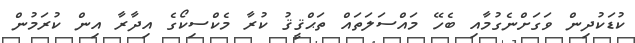
ކުޑަކުދިން ވަގަށްނެގުމާއި ބެހޭ މައްސަލަތައް ތަޙްޤީޤު ކުރާ މެކްސިކޯގެ އިދާރާ އިން ކުރަމުން